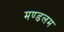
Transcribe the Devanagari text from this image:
मण्डलम